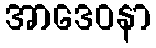
အာဒေဝနာ